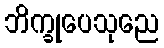
ဘိက္ခုပေသုညေ